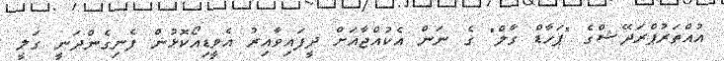
އުއްތަރުޕްރަދޭޝްގެ "ޕަހާޑް ގާލް" ގެ ނަން އެކުއްޖާއަށް ދީފައިވާއިރު އެވީޑިއޯކޮޅުން ފެނިގެންދަނީ ގަލީ